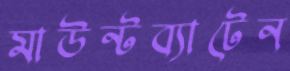
মাউন্টব্যাটেন